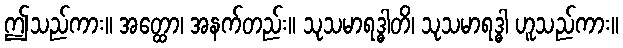
ဤသည်ကား။ အတ္ထော၊ အနက်တည်း။ သုသမာရဒ္ဓါတိ၊ သုသမာရဒ္ဓါ ဟူသည်ကား။